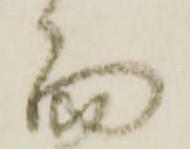
而